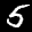
Label: 5